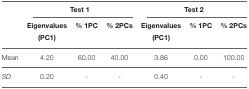
<table><thead><tr><td></td><td colspan="3"><b>Test 1</b></td><td colspan="3"><b>Test 2</b></td></tr><tr><td></td><td><b>Eigenvalues (PC1)</b></td><td><b>% 1PC</b></td><td><b>% 2PCs</b></td><td><b>Eigenvalues (PC1)</b></td><td><b>% 1PC</b></td><td><b>% 2PCs</b></td></tr></thead><tbody><tr><td>Mean</td><td>4.20</td><td>60.00</td><td>40.00</td><td>3.86</td><td>0.00</td><td>100.00</td></tr><tr><td><i>SD</i></td><td>0.20</td><td>-</td><td>-</td><td>0.40</td><td>-</td><td>-</td></tr></tbody></table>